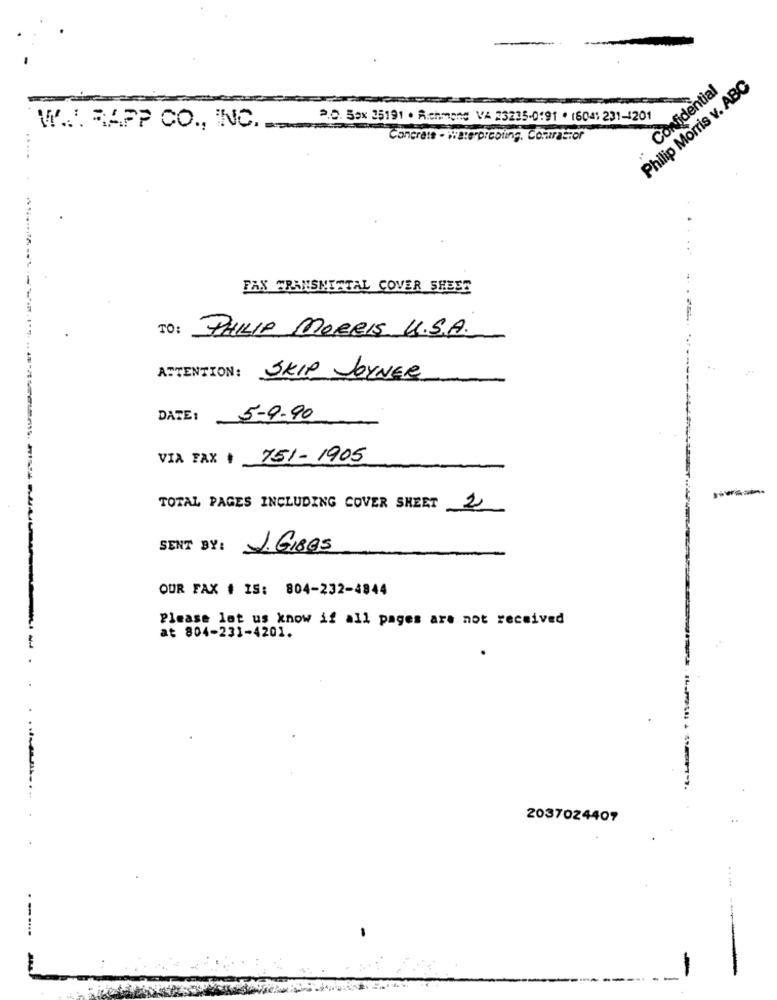
-
Philip Morris v. ABC
Confidential
R.O. Box 25191 . Richmond VA 23235-0191 . 16041 231-4201
M' .... RAPP CO ., INC ..
Concrete - waterproofing. Corrastor
.....
. .
FAX TRANSMITTAL COVER SHEET
TO: PHILIP MORRIS U.S.A.
ATTENTION: SKIP JOYNER
DATE:
5-9.90
VIA FAX + 751-1905
TOTAL PAGES INCLUDING COVER SHEET
2
SENT BY:
J. GIBes
OUR FAX # IS: 804-232-4844
Please let us know if all pages are not received
at 804-231-4201.
2037024407
..